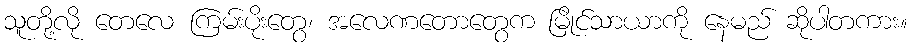
သူတို့လို တေလေ ကြမ်းပိုးတွေ၊ အလေဏတောတွေက မြိုင်သာယာကို နေမည် ဆိုပါတကား။